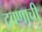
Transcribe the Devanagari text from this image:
द्रवणाची